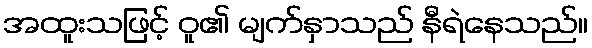
အထူးသဖြင့် ဝူ၏ မျက်နှာသည် နီရဲနေသည်။